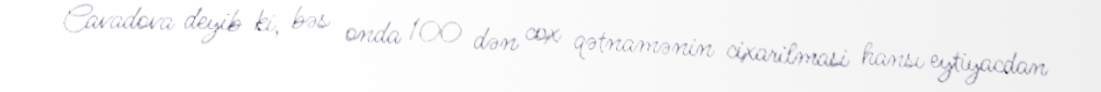
Cavadova deyib ki, bəs onda 100 dən cox qətnamənin cixarilmasi hansı eytiyacdan